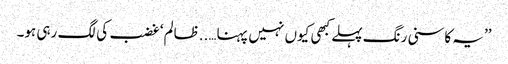
’’یہ کاسنی رنگ پہلے کبھی کیوں نہیں پہنا…..ظالم‘ غضب کی لگ رہی ہو۔